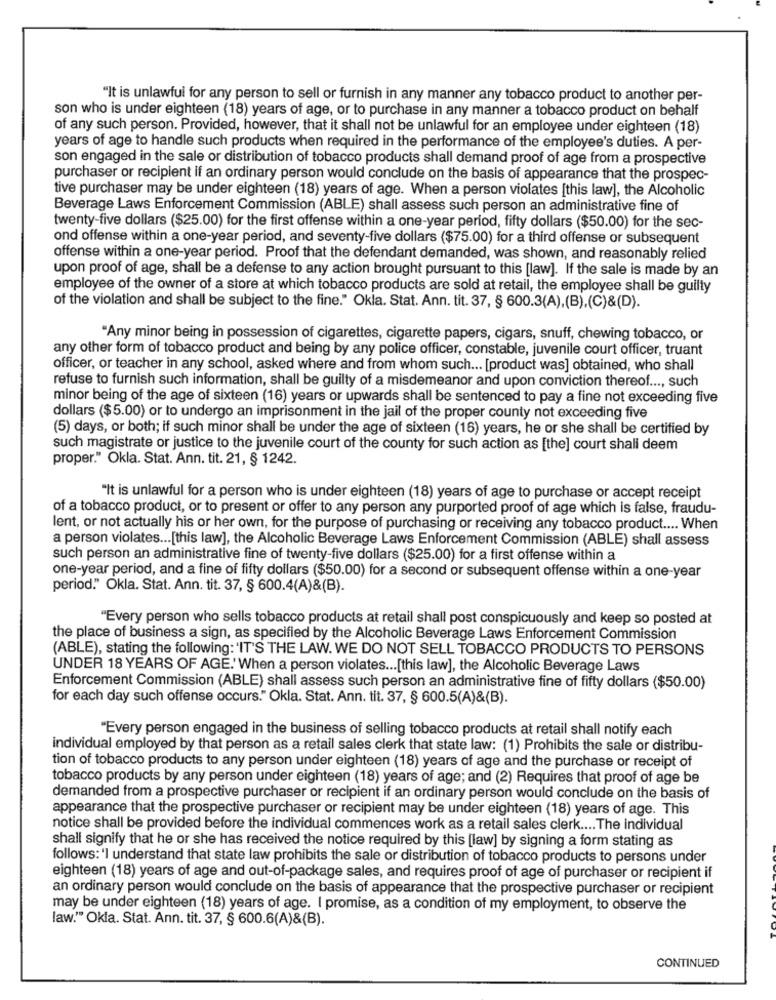
"It is unlawful for any person to sell or furnish in any manner any tobacco product to another per-
son who is under eighteen (18) years of age, or to purchase in any manner a tobacco product on behalf
of any such person. Provided, however, that it shall not be unlawful for an employee under eighteen (18)
years of age to handle such products when required in the performance of the employee's duties. A per-
son engaged in the sale or distribution of tobacco products shall demand proof of age from a prospective
purchaser or recipient if an ordinary person would conclude on the basis of appearance that the prospec-
tive purchaser may be under eighteen (18) years of age. When a person violates [this law], the Alcoholic
Beverage Laws Enforcement Commission (ABLE) shall assess such person an administrative fine of
twenty-five dollars ($25.00) for the first offense within a one-year period, fifty dollars ($50.00) for the sec-
ond offense within a one-year period, and seventy-five dollars ($75.00) for a third offense or subsequent
offense within a one-year period. Proof that the defendant demanded, was shown, and reasonably relied
upon proof of age, shall be a defense to any action brought pursuant to this [law]. If the sale is made by an
employee of the owner of a store at which tobacco products are sold at retail, the employee shall be guilty
of the violation and shall be subject to the fine." Okla. Stat. Ann. tit. 37, § 600.3(A),(B),(C)&(D).
"Any minor being in possession of cigarettes, cigarette papers, cigars, snuff, chewing tobacco, or
any other form of tobacco product and being by any police officer, constable, juvenile court officer, truant
officer, or teacher in any school, asked where and from whom such ... [product was] obtained, who shall
refuse to furnish such information, shall be guilty of a misdemeanor and upon conviction thereof ..., such
minor being of the age of sixteen (16) years or upwards shall be sentenced to pay a fine not exceeding five
dollars ($5.00) or to undergo an imprisonment in the jail of the proper county not exceeding five
(5) days, or both; if such minor shall be under the age of sixteen (16) years, he or she shall be certified by
such magistrate or justice to the juvenile court of the county for such action as [the] court shall deem
proper." Okla. Stat. Ann. tit. 21, § 1242.
"It is unlawful for a person who is under eighteen (18) years of age to purchase or accept receipt
of a tobacco product, or to present or offer to any person any purported proof of age which is false, fraudu-
lent, or not actually his or her own, for the purpose of purchasing or receiving any tobacco product .... When
a person violates ... [this law], the Alcoholic Beverage Laws Enforcement Commission (ABLE) shall assess
such person an administrative fine of twenty-five dollars ($25.00) for a first offense within a
one-year period, and a fine of fifty dollars ($50.00) for a second or subsequent offense within a one-year
period." Okla. Stat. Ann. tit. 37, § 600.4(A)&(B).
"Every person who sells tobacco products at retail shall post conspicuously and keep so posted at
the place of business a sign, as specified by the Alcoholic Beverage Laws Enforcement Commission
(ABLE), stating the following: 'IT'S THE LAW. WE DO NOT SELL TOBACCO PRODUCTS TO PERSONS
UNDER 18 YEARS OF AGE.'When a person violates ... [this law], the Alcoholic Beverage Laws
Enforcement Commission (ABLE) shall assess such person an administrative fine of fifty dollars ($50.00)
for each day such offense occurs." Okla. Stat. Ann. tit. 37, § 600.5(A)&(B).
"Every person engaged in the business of selling tobacco products at retail shall notify each
individual employed by that person as a retail sales clerk that state law: (1) Prohibits the sale or distribu-
tion of tobacco products to any person under eighteen (18) years of age and the purchase or receipt of
tobacco products by any person under eighteen (18) years of age; and (2) Requires that proof of age be
demanded from a prospective purchaser or recipient if an ordinary person would conclude on the basis of
appearance that the prospective purchaser or recipient may be under eighteen (18) years of age. This
notice shall be provided before the individual commences work as a retail sales clerk .... The individual
shall signify that he or she has received the notice required by this [law] by signing a form stating as
follows: 'I understand that state law prohibits the sale or distribution of tobacco products to persons under
eighteen (18) years of age and out-of-package sales, and requires proof of age of purchaser or recipient if
an ordinary person would conclude on the basis of appearance that the prospective purchaser or recipient
may be under eighteen (18) years of age. I promise, as a condition of my employment, to observe the
law." Okla. Stat. Ann. tit. 37, § 600.6(A)&(B).
CONTINUED